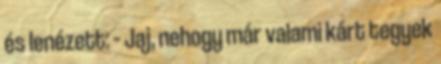
és lenézett: – Jaj, nehogy már valami kárt tegyek